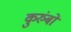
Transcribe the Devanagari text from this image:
कुरुंबों